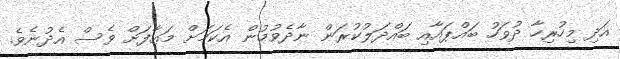
އަދި މިހުރިހާ ދުވަހު ބައްޕައާއި ބައްދަލުކުރަން ނާދެވުމުން އެކަމަށް މަޢާފަށް ވެސް އެދުނެވެ.